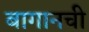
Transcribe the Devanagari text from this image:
बागानची